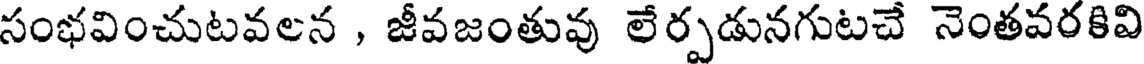
సంభవించుటవలన , జీవజంతువు లేర్పడునగుటచే నెంతవరకివి